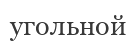
угольной